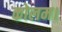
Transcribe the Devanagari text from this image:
कोलम।